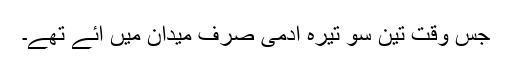
جس وقت تین سو تیرہ آدمی صرف میدان میں آئے تھے۔